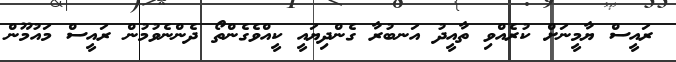
ރައީސް ޔާމީނަށް ކުރެއްވި ތާއީދު އަނބުރާ ގެންދިޔައީ ކީއްވެގެންތޯ ދެންނެވުމުން ރައީސް މައުމޫން